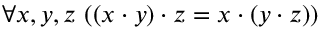
\forall x , y , z \ ( ( x \cdot y ) \cdot z = x \cdot ( y \cdot z ) )